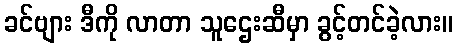
ခင်ဗျား ဒီကို လာတာ သူဌေးဆီမှာ ခွင့်တင်ခဲ့လား။